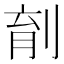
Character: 𪟆